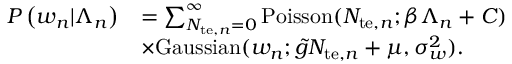
\begin{array} { r l } { P \left( w _ { n } | \Lambda _ { n } \right) } & { = \sum _ { N _ { \mathrm { t e } , n } = 0 } ^ { \infty } \mathrm { P o i s s o n } ( N _ { \mathrm { t e } , n } ; \beta \Lambda _ { n } + C ) } \\ & { \times \mathrm { G a u s s i a n } ( w _ { n } ; \tilde { g } N _ { \mathrm { t e } , n } + \mu , \sigma _ { w } ^ { 2 } ) . } \end{array}